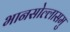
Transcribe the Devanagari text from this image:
भानसोल्लासमु